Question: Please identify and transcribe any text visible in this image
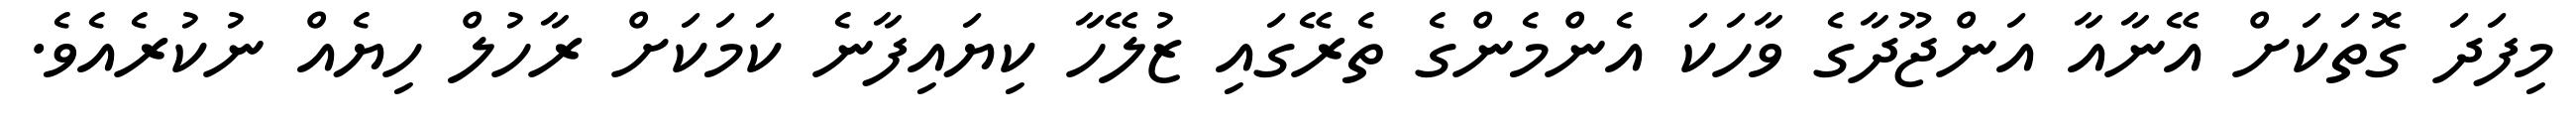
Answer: މިފަދަ ގޮތަކަށް އޭނާއާ އަންޖޫދާގެ ވާހަކަ އެންމެންގެ ތެރޭގައި ޒުލޭހާ ކިޔައިފާނެ ކަމަކަށް ރާހުލް ހިޔެއް ނުކުރެއެވެ.